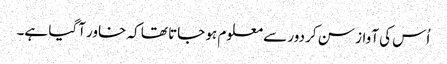
اُس کی آواز سن کر دور سے معلوم ہو جاتا تھا کہ خاور آگیا ہے۔